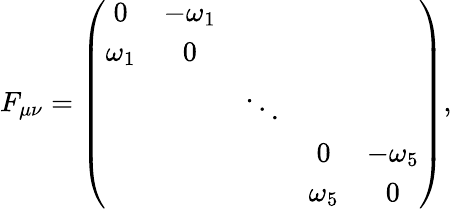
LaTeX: F_{\mu\nu}=\left(\begin{array}{ccccc}{{0}}&{{-\omega_{1}}}&{{}}&{{}}&{{}}\\ {{\omega_{1}}}&{{0}}&{{}}&{{}}&{{}}\\ {{}}&{{}}&{{\ddots}}&{{}}&{{}}\\ {{}}&{{}}&{{}}&{{0}}&{{-\omega_{5}}}\\ {{}}&{{}}&{{}}&{{\omega_{5}}}&{{0}}\end{array}\right),